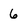
Character: 6